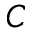
C